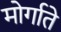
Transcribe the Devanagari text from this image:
मोर्गाते